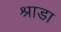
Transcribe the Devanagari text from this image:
श्राडा